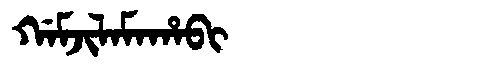
Manchu: ᡤᠠᠮᠵᡳᠯᠠᠮᠠᡥᠠᠪᡳ
Romanization: GAMJILAMAHABI